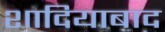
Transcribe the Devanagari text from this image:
शादियाबाद